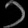
Digit: ၁